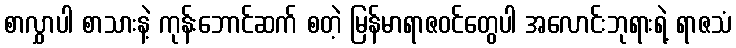
စာလွှာပါ စာသားနဲ့ ကုန်းဘောင်ဆက် စတဲ့ မြန်မာရာဇဝင်တွေပါ အလောင်းဘုရားရဲ့ ရာဇသံ